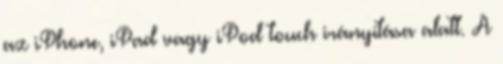
az iPhone, iPad vagy iPod touch irányítása alatt. A